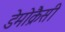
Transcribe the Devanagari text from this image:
डेमोक्रैसी